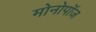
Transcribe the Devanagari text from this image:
मोनोपॉज